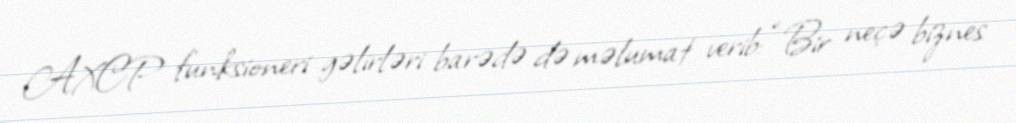
AXCP funksioneri gəlirləri barədə də məlumat verib: “Bir neçə biznes